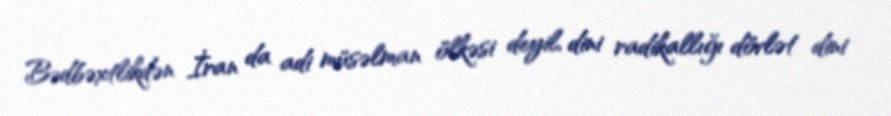
Bədbəxtlikdən İran da adi müsəlman ölkəsi deyil, dini radikallığı dövlət dini